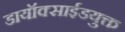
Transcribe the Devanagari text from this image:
डायॉक्साईडयुक्त